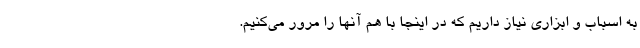
به اسباب و ابزاری نیاز داریم که در اینجا با هم آنها را مرور می‌کنیم.